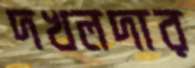
দখলদার